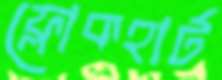
ফ্লোকহার্ট